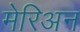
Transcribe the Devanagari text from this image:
मेरिअन